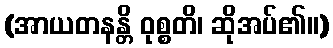
(အာယတနန္တိ ဝုစ္စတိ၊ ဆိုအပ်၏။)